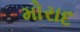
મોરાદ